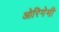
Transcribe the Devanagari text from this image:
ओरिगेमी